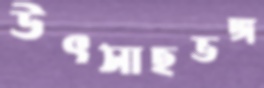
উৎসাহভঙ্গ